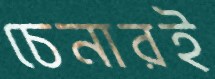
চেনারই